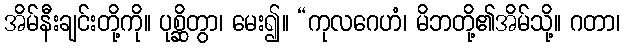
အိမ်နီးချင်းတို့ကို။ ပုစ္ဆိတွာ၊ မေး၍။ “ကုလဂေဟံ၊ မိဘတို့၏အိမ်သို့။ ဂတာ၊